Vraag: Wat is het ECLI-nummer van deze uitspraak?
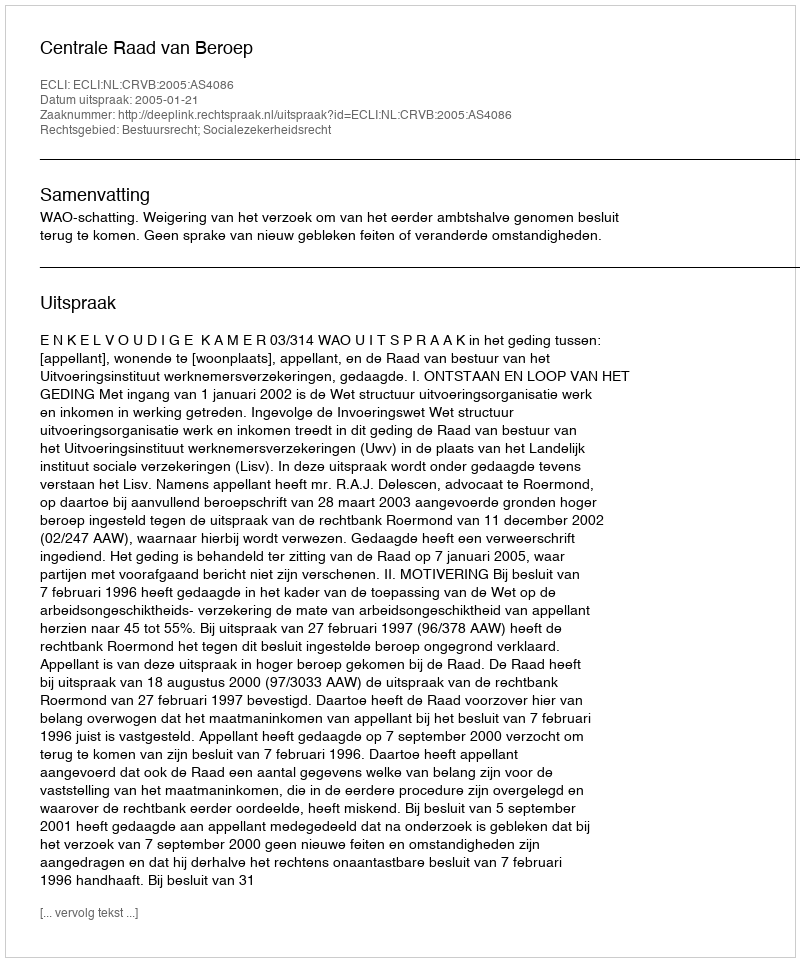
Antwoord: ECLI:NL:CRVB:2005:AS4086